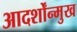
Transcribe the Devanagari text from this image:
आदर्शोंन्मुख